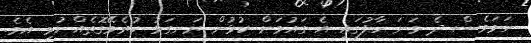
ނަމަވެސް ދެ ވަނަ ހާފުގައި އެ ގައުމަށް ކުޅުން ރަނގަޅު ކުރެވޭގޮތެއްނުވި އެވެ.